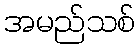
အမည်သစ်